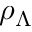
\rho _ { \Lambda }